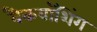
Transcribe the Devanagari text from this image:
बैकवॉशिंग